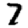
Digit: 7